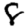
Digit: 8